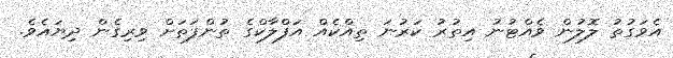
އެވަގުތު ލޮލުން ވެއްޓުނު އިތުރު ކަރުނަ ތިއްކެއް އަފްލާކްގެ ތުންފަތަށް ވިރިގެން ދިޔައެވެ.